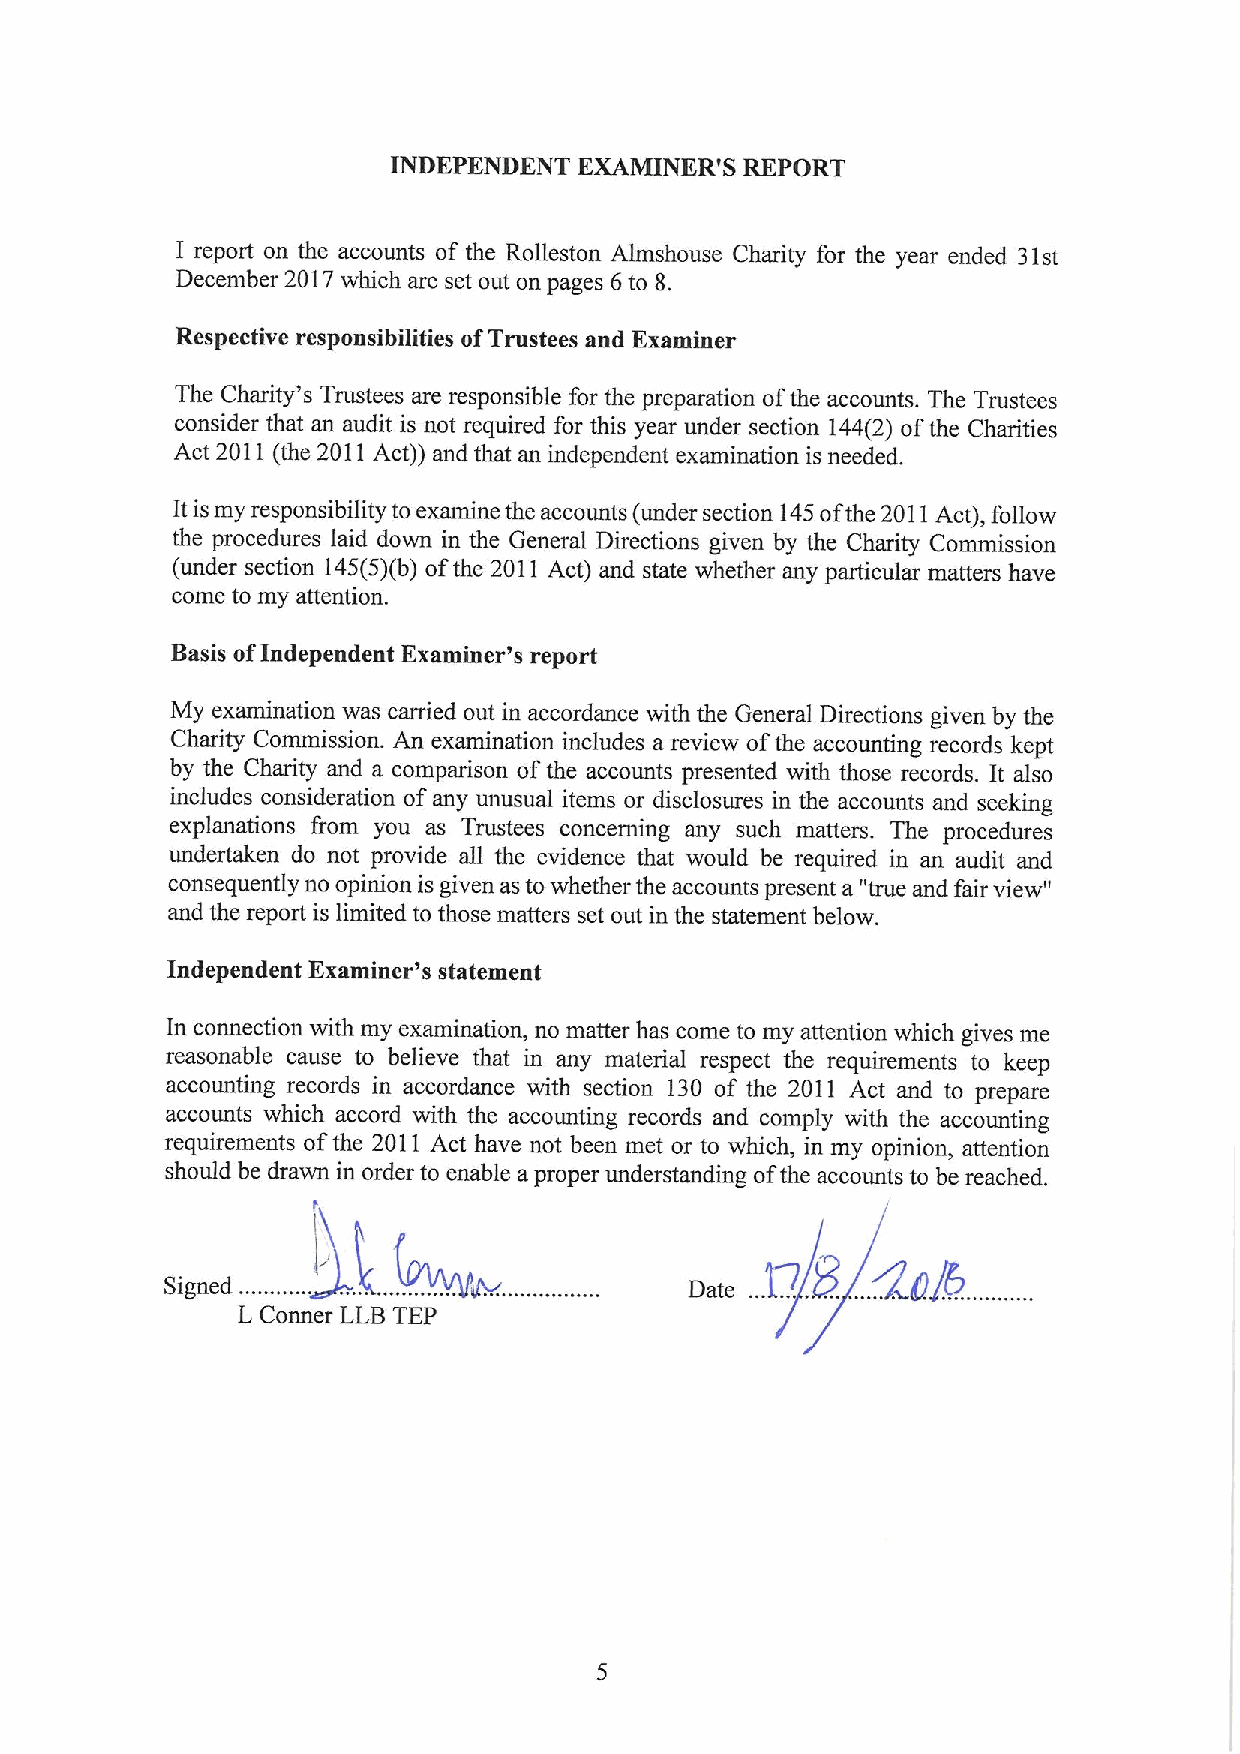
INDEPENDENT EXAMINER'S REPORT
 I report on the accounts of the Rolleston Almshouse Charity for the year ended 31st
 December 2017which are set out on pages 6to 8.
 Respective responsibilities ofTrustees and Examiner
 The Charity's Trustees are responsible for the preparation ofthe accounts. The Trustees
 consider that an audit is not required for this year under section 144(2) ofthe Charities
 Act 2011(the 2011Act)) and that an independent examination is needed.
 Itismy responsibility to examine the accounts (under section 145ofthe 2011Act), follow
 the procedures laid down in the General Directions given by the Charity Commission
 (under section 145(5)(b) ofthe 2011 Act) and state whether any particular matters have
 come to my attention.
 Basis ofIndependent Examiner's report
 My examination was carried out in accordance with the General Directions given by the
 Charity Commission. An examination includes a review ofthe accounting records kept
 by the Charity and a comparison ofthe accounts presented with those records. It also
 includes consideration of any unusual items or disclosures in the accounts and seeking
 explanations from you as Trustees concerning any such matters. The procedures
 undertaken do not provide all the evidence that would be required in an audit and
 consequently no opinion is given as towhether the accounts present a "true and fair view"
 and the report is limited to those matters set out in the statement below.
 Independent Examiner's statement
 In connection with my examination, no matter has come to my attention which gives me
 reasonable cause to believe that in any material respect the requirements to keep
 accounting records in accordance with section 130 of the 2011 Act and to prepare
 accounts which accord with the accounting records and comply with the accounting
 requirements ofthe 2011 Act have not been met or to which, in my opinion, attention
 should be drawn in order to enable a proper understanding ofthe accounts to be reached.
 L Conner LLBTEP